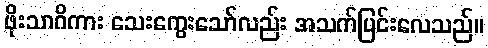
ဖိုးသာဂိကား သေးကွေးသော်လည်း အသက်ပြင်းလေသည်။